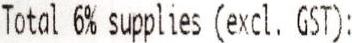
TOTAL 6% SUPPLIES (EXCL. GST):